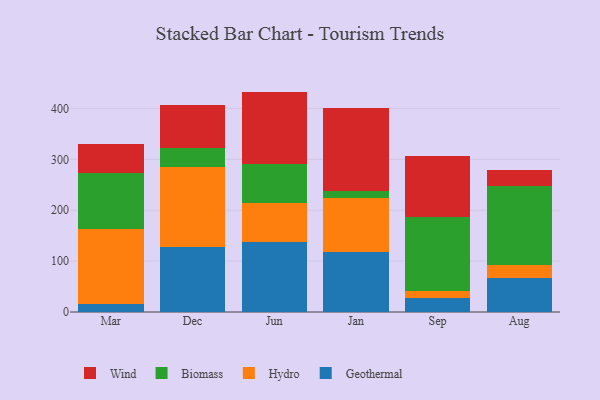
{"axis": {"x": "Month", "y": "Humidity (%)"}, "legend": ["Biomass", "Geothermal", "Hydro", "Wind"], "data": [{"x": "Mar", "y": 15.7, "type": "Geothermal"}, {"x": "Mar", "y": 148.1, "type": "Hydro"}, {"x": "Mar", "y": 108.4, "type": "Biomass"}, {"x": "Mar", "y": 57.9, "type": "Wind"}, {"x": "Dec", "y": 127.1, "type": "Geothermal"}, {"x": "Dec", "y": 157.1, "type": "Hydro"}, {"x": "Dec", "y": 38.3, "type": "Biomass"}, {"x": "Dec", "y": 84.1, "type": "Wind"}, {"x": "Jun", "y": 137.8, "type": "Geothermal"}, {"x": "Jun", "y": 76.8, "type": "Hydro"}, {"x": "Jun", "y": 77.0, "type": "Biomass"}, {"x": "Jun", "y": 141.4, "type": "Wind"}, {"x": "Jan", "y": 117.9, "type": "Geothermal"}, {"x": "Jan", "y": 105.5, "type": "Hydro"}, {"x": "Jan", "y": 13.7, "type": "Biomass"}, {"x": "Jan", "y": 164.2, "type": "Wind"}, {"x": "Sep", "y": 28.2, "type": "Geothermal"}, {"x": "Sep", "y": 13.4, "type": "Hydro"}, {"x": "Sep", "y": 145.8, "type": "Biomass"}, {"x": "Sep", "y": 119.8, "type": "Wind"}, {"x": "Aug", "y": 67.7, "type": "Geothermal"}, {"x": "Aug", "y": 25.4, "type": "Hydro"}, {"x": "Aug", "y": 154.4, "type": "Biomass"}, {"x": "Aug", "y": 32.1, "type": "Wind"}]}